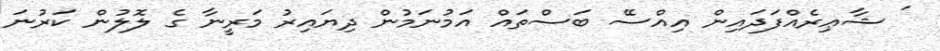
' ޝާޢިރެއްފަދައިން އިއްސޭ ބަސްތައް އަމުނަމުން ދިޔައިރު މަރީނާ ގެ ލޮލުން ކަރުނަ